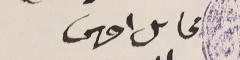
محاىل احرس